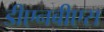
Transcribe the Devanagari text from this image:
डीएनबीएस